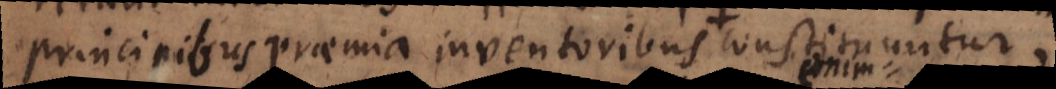
principibus praemia inventoribus constituuntur.